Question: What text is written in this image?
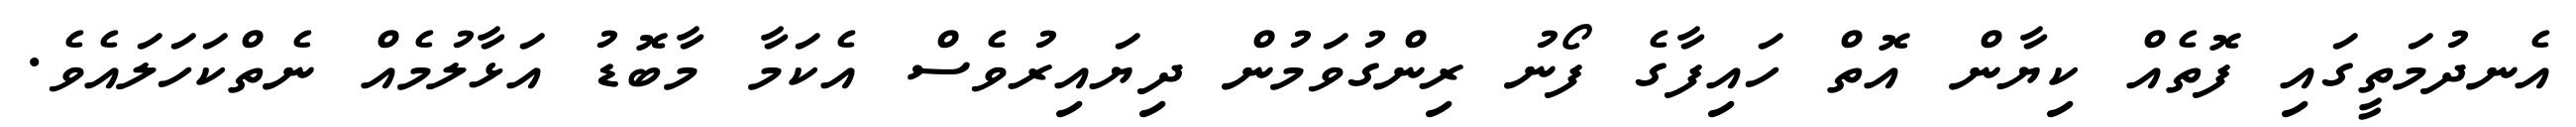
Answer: އެނދުމަތީގައި ފޮތެއް ކިޔާން އޮތް ހައިފާގެ ފޯނު ރިންގުވަމުން ދިޔައިރުވެސް އެކަމާ މާބޮޑު އަޅާލުމެއް ނެތްކަހަލައެވެ.